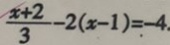
\frac { x + 2 } { 3 } - 2 ( x - 1 ) = - 4